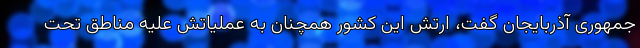
جمهوری آذربایجان گفت، ارتش این کشور همچنان به عملیاتش علیه مناطق تحت